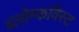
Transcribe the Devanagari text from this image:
ब्लोम्कविस्ट